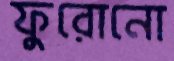
ফুরোনো